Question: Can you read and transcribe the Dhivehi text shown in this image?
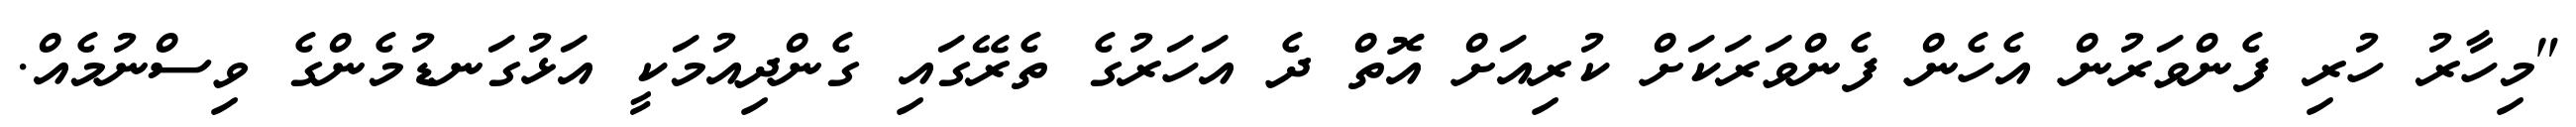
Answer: "މިހާރު ހުރި ފެންވަރުން އެހެން ފެންވަރަކަށް ކުރިއަށް އޮތް ދެ އަހަރުގެ ތެރޭގައި ގެންދިއުމަކީ އަޅުގަނޑުމެންގެ ވިސްނުމެއް.